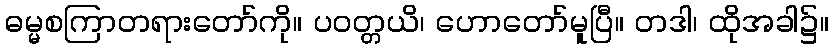
ဓမ္မစကြာတရားတော်ကို။ ပဝတ္တယိ၊ ဟောတော်မူပြီ။ တဒါ၊ ထိုအခါ၌။